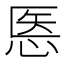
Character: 悘